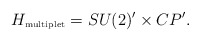
\begin{align*}H_{\mbox{\tiny multiplet}} = SU(2)' \times CP'.\end{align*}